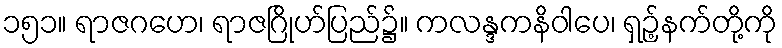
၁၅၁။ ရာဇဂဟေ၊ ရာဇဂြိုဟ်ပြည်၌။ ကလန္ဒကနိဝါပေ၊ ရှဉ့်နက်တို့ကို